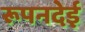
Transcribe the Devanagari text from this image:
रूपनदेई